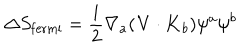
\Delta S _ { \mathrm { f e r m i } } = \frac { i } { 2 } \nabla _ { a } ( { \bf V } \cdot { \bf K } _ { b } ) \psi ^ { a } \psi ^ { b }